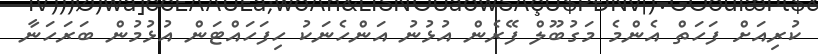
ކުރިއަށް ފަހަތް އެންމެ މަގުބޫލް ފޭރެން އުޅުނު އަންހެނަކު ހިފަހައްޓަން އުޅުމުން ބަރަހަނާ